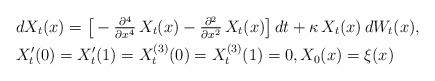
LaTeX: \begin{align*}&dX_t(x)= \big[-\tfrac{\partial^4}{\partial x^4} \,X_t(x)-\tfrac{\partial^2}{\partial x^2} \,X_t(x)\big]\,dt + \kappa \,X_t(x) \,dW_t(x), \\ &X'_t(0) = X'_t(1) = X^{(3)}_t(0) = X^{(3)}_t(1) = 0,X_0(x)=\xi(x)\end{align*}